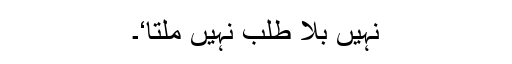
نہیں بلا طلب نہیں ملتا‘۔